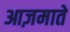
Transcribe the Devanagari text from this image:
आज़माते